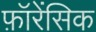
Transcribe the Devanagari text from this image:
फ़ॉरेंसिक